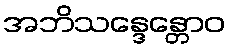
အဘိသန္ဒေန္တောဝ